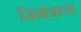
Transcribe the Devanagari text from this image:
जिनोआच्या